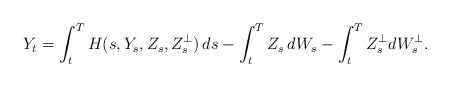
\begin{align*} Y_t = \int_t^T H(s, Y_s, Z_s, Z^\bot_s) \, ds - \int_t^T Z_s \, d W_s - \int_t^T Z^\bot_s dW^\bot_s.\end{align*}